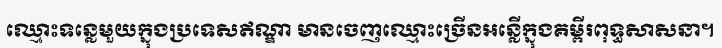
ឈ្មោះទន្លេមួយក្នុងប្រទេសឥណ្ឌា មានចេញឈ្មោះច្រើនអន្លើក្នុងគម្ពីរពុទ្ធសាសនា។